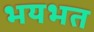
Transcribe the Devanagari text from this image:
भयभत